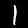
Digit: 1